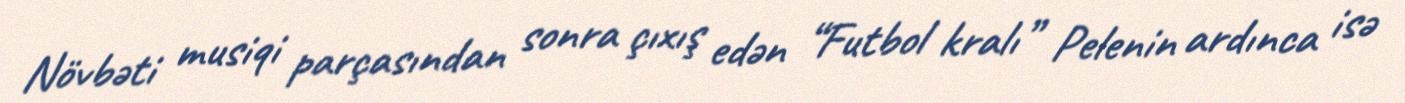
Növbəti musiqi parçasından sonra çıxış edən “Futbol kralı” Pelenin ardınca isə